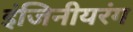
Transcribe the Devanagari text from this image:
इंजिनीयरंग